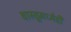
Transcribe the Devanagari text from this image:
वास्तूमध्येही